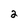
Character: 2